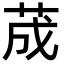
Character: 荿